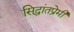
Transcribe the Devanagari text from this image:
सिद्धांतप्रेमी